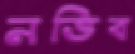
নভিব